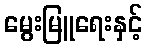
မွေးမြူရေးနှင့်